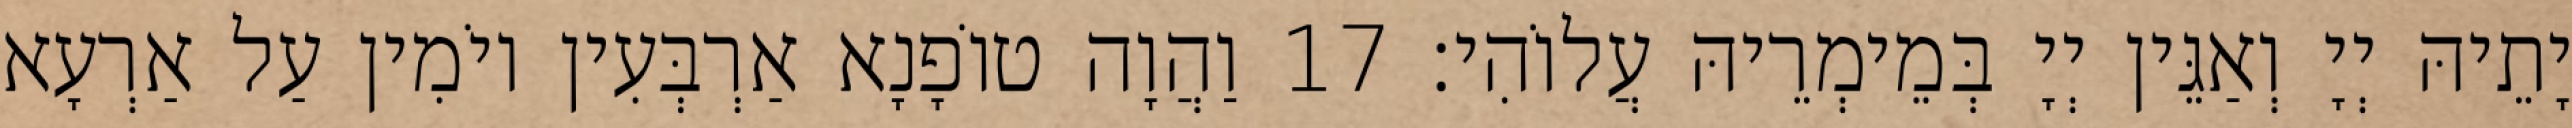
יָתֵיהּ יְיָ וְאַגֵּין יְיָ בְּמֵימְרֵיהּ עֲלוֹהִי׃ 17 וַהֲוָה טוֹפָנָא אַרְבְּעִין יוֹמִין עַל אַרְעָא